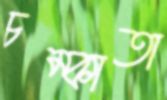
চম্‌কাতা